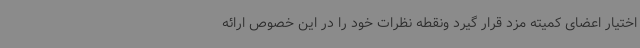
اختیار اعضای کمیته مزد قرار گیرد ونقطه نظرات خود را در این خصوص ارائه